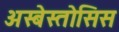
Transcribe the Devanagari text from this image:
अस्बेस्तोसिस